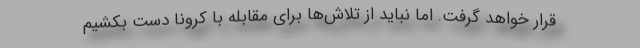
قرار خواهد گرفت. اما نباید از تلاش‌ها برای مقابله با کرونا دست بکشیم